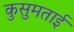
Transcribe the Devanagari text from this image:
कुसुमताई